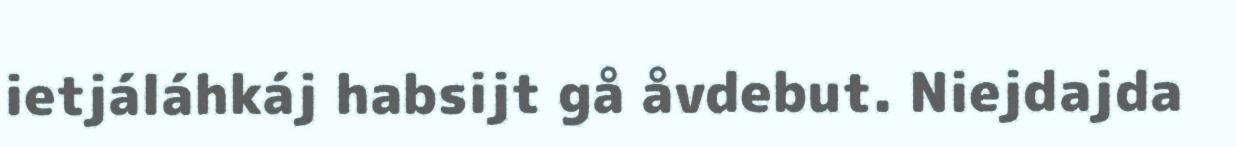
ietjáláhkáj habsijt gå åvdebut. Niejdajda